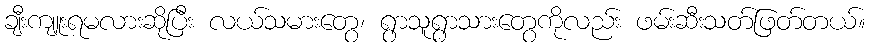
ချီးကျူးရမလားဆိုပြီး လယ်သမားတွေ၊ ရွာသူရွာသားတွေကိုလည်း ဖမ်းဆီးသတ်ဖြတ်တယ်။